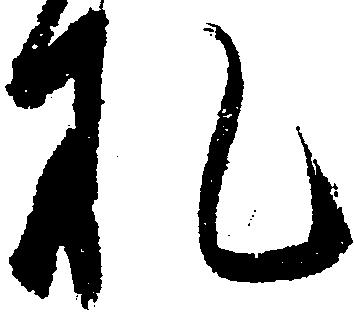
札